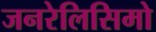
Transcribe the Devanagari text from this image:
जनरेलिसिमो